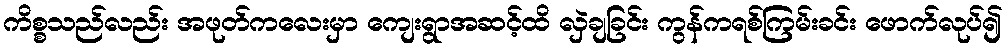
ကိစ္စသည်လည်း အဖုတ်ကလေးမှာ ကျေးရွာအဆင့်ထိ လှဲချခြင်း ကွန်ကရစ်ကြမ်းခင်း ဖောက်လုပ်၍